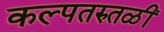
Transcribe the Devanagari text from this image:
कल्पतरुतळीं